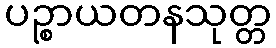
ပဉ္စာယတနသုတ္တ